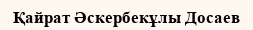
Қайрат Әскербекұлы Досаев